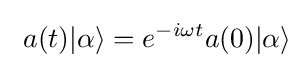
~a(t)|\alpha \rangle =e^{-i\omega t}a(0)|\alpha \rangle